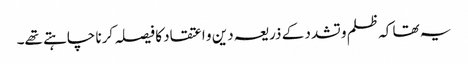
یہ تھا کہ ظلم و تشدد کے ذریعہ دین و اعتقاد کا فیصلہ کرنا چاہتے تھے۔